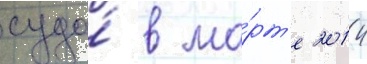
суда́ в ма́рт'е 2014